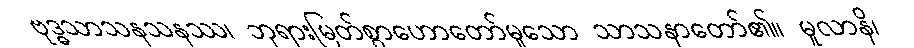
ဗုဒ္ဓသာသနသနဿ၊ ဘုရားမြတ်စွာဟောတော်မူသော သာသနာတော်၏။ မူလာနိ၊